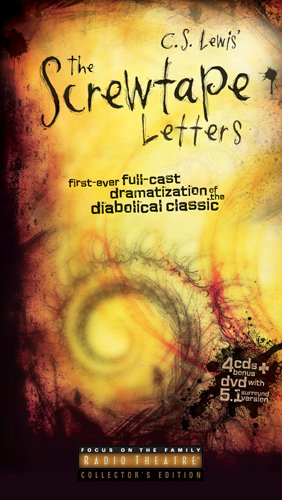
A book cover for The Screwtape Letters: First Ever Full-cast Dramatization of the Diabolical Classic (Radio Theatre); Humor & Entertainment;